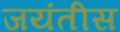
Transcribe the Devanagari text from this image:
जयंतीस